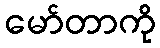
မော်တာကို